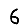
Digit: 6